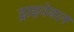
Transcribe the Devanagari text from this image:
ड्राइवेबल